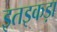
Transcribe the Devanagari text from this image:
इतइकड़ा